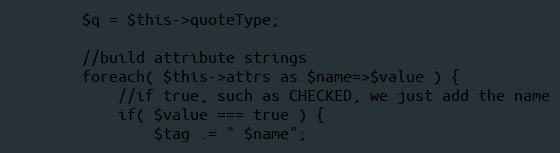
Language: PHP
        $q = $this->quoteType;

        //build attribute strings
        foreach( $this->attrs as $name=>$value ) {
            //if true, such as CHECKED, we just add the name
            if( $value === true ) {
                $tag .= " $name";